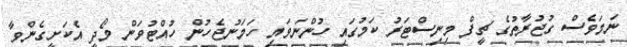
ނަމަވެސް ގުޖުރާތުގެ ޗީފް މިނިސްޓަރު ކަމުގައި ހުންނަވައި ހަމަނުޖެހުން ހުއްޓުވަން މޯދީ އެކަށީގެންވާ